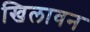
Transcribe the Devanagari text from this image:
खिलावन